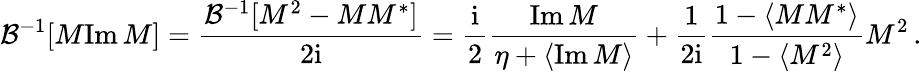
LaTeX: \mathcal{B}^{-1}[M\mathrm{Im}\, M]=\frac{\mathcal{B}^{-1}[M^{2}-MM^{*}]}{2\mathrm{i}}=\frac{\mathrm{i}}{2}\frac{\mathrm{Im}\, M}{\eta+\langle\mathrm{Im}\, M\rangle}+\frac{1}{2\mathrm{i}}\frac{1-\langle MM^{*}\rangle}{1-\langle M^{2}\rangle}M^{2}\, .